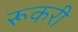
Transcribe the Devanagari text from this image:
रूकरी